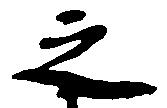
之